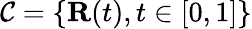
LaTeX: {\mathcal{C}}=\{ {\mathbf{R}}(t),t\in[0,1]\}